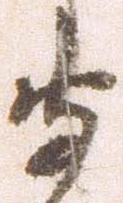
守